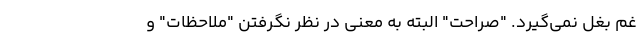
غم بغل نمی‌گیرد. "صراحت" البته به معنی در نظر نگرفتن "ملاحظات" و